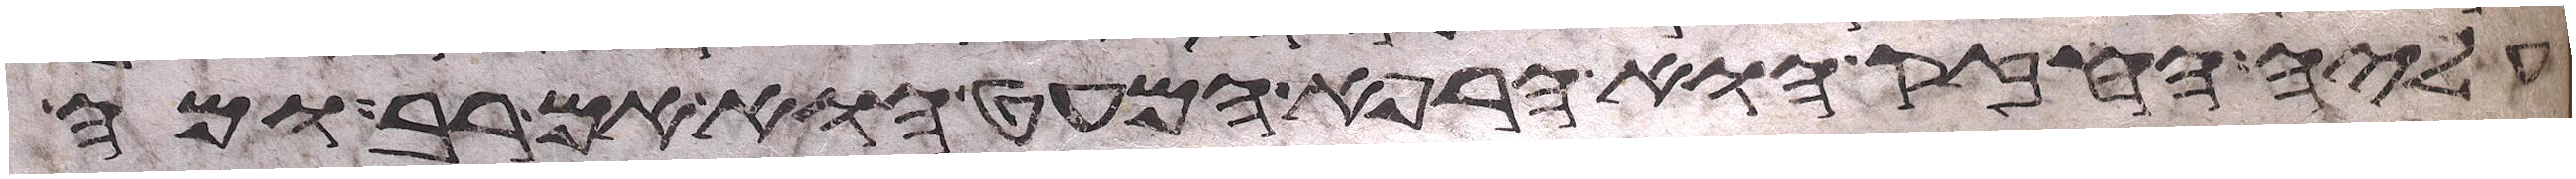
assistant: עליה החזק או הרפא המעט הוא אם רב ומה